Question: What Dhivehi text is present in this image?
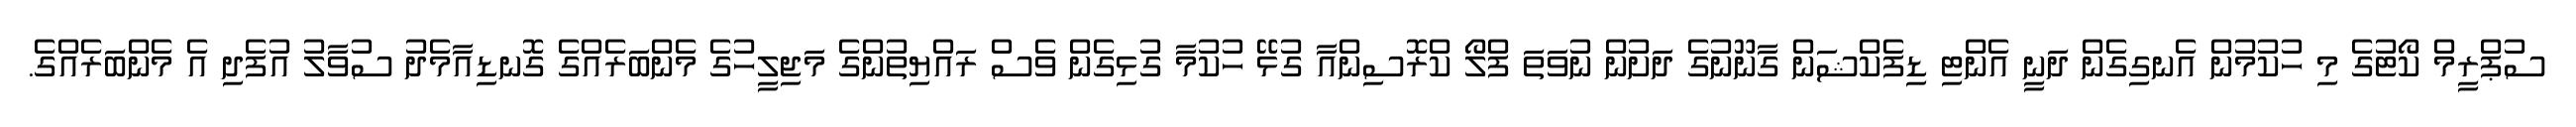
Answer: ސުޕްރީމް ކޯޓުގެ މި ހުކުމުން އެނގިގެން ދަނީ އެންޓި ޑިފެކްޝަން ގާނޫނުގެ ދަށުން ނުވަތަ ފްލޯ ކްރޮސިންއާ ގުޅޭ ހުކުމާ ގުޅިގެން ވެސް ރައްޔިތުންގެ މަޖިލީހުގެ މެންބަރެއްގެ ގޮނޑިއާމެދު ސުވާލު އުފެދި އެ މެންބަރެއްގެ.